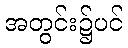
အတွင်း၌ပင်